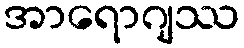
အာရောဂျဿ